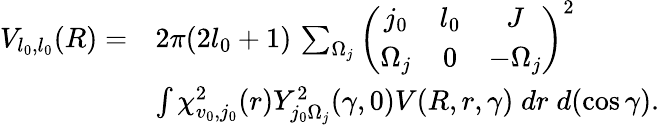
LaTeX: \begin{array}{rl}{V_{l_{0},l_{0}}(R)=}&{2\pi(2l_{0}+1)\, \sum_{\Omega_{j}}{\left(\begin{array}{ccc}{j_{0}}&{l_{0}}&{J}\\ {\Omega_{j}}&{0}&{-\Omega_{j}}\end{array}\right)}^{2}}\\ &{\int\chi_{v_{0},j_{0}}^{2}(r)Y_{j_{0}\Omega_{j}}^{2}(\gamma,0)V(R,r,\gamma)\; dr\; d(\cos\gamma).}\end{array}